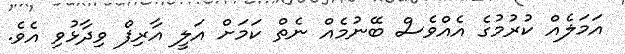
އަމަލެއް ކުރުމުގެ އެއްވެސް ބޭނުމެއް ނެތް ކަމަށް އަލީ އާރިފް ވިދާޅުވި އެވެ.